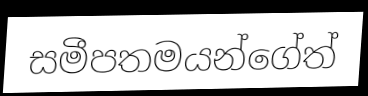
සමීපතමයන්ගේත්